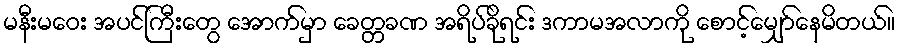
မနီးမဝေး အပင်ကြီးတွေ အောက်မှာ ခေတ္တခဏ အရိပ်ခိုရင်း ဒကာမအလာကို စောင့်မျှော်နေမိတယ်။